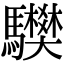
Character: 𩧅